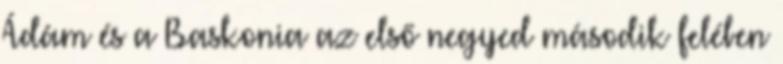
Ádám és a Baskonia az első negyed második felében